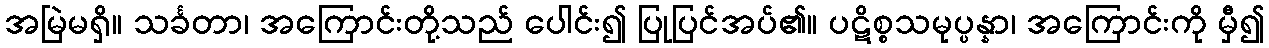
အမြဲမရှိ။ သင်္ခတာ၊ အကြောင်းတို့သည် ပေါင်း၍ ပြုပြင်အပ်၏။ ပဋိစ္စသမုပ္ပန္နာ၊ အကြောင်းကို မှီ၍